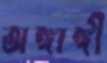
অঙ্গাঙ্গী